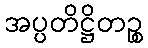
အပ္ပတိဋ္ဌိတဉ္စ